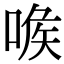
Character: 㗋